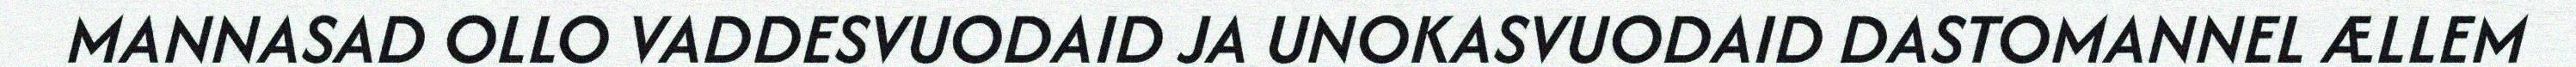
MANNASAD OLLO VADDESVUODAID JA UNOKASVUODAID DASTOMANNEL ÆLLEM